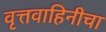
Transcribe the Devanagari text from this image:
वृत्तवाहिनीचा